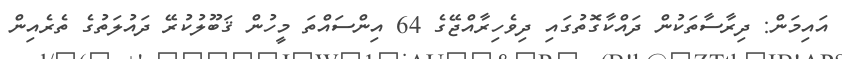
އައިމަން: ދިރާސާތަކުން ދައްކާގޮތުގައި ދިވެހިރާއްޖޭގެ 64 އިންސައްތަ މީހުން ޤަބޫލުކުރޭ ދައުލަތުގެ ތެރެއިން